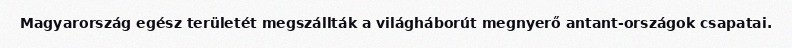
Magyarország egész területét megszállták a világháborút megnyerő antant-országok csapatai.